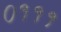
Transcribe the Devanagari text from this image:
०१११